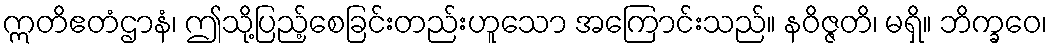
ဣတိဧတံဌာနံ၊ ဤသို့ပြည့်စေခြင်းတည်းဟူသော အကြောင်းသည်။ နဝိဇ္ဇတိ၊ မရှိ။ ဘိက္ခဝေ၊